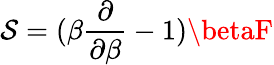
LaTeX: \mathcal{S}=(\beta{\frac{{\partial}}{{\partial\beta}}}-1)\betaF